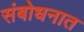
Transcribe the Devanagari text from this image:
संबोधनात